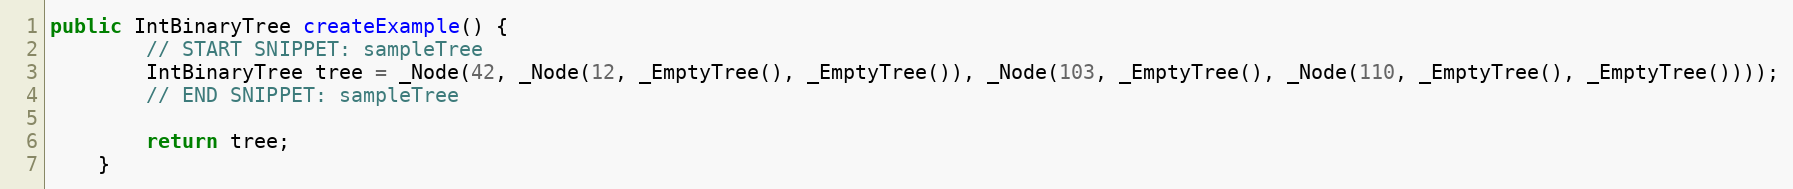
Language: Java
public IntBinaryTree createExample() {
        // START SNIPPET: sampleTree
        IntBinaryTree tree = _Node(42, _Node(12, _EmptyTree(), _EmptyTree()), _Node(103, _EmptyTree(), _Node(110, _EmptyTree(), _EmptyTree())));
        // END SNIPPET: sampleTree

        return tree;
    }